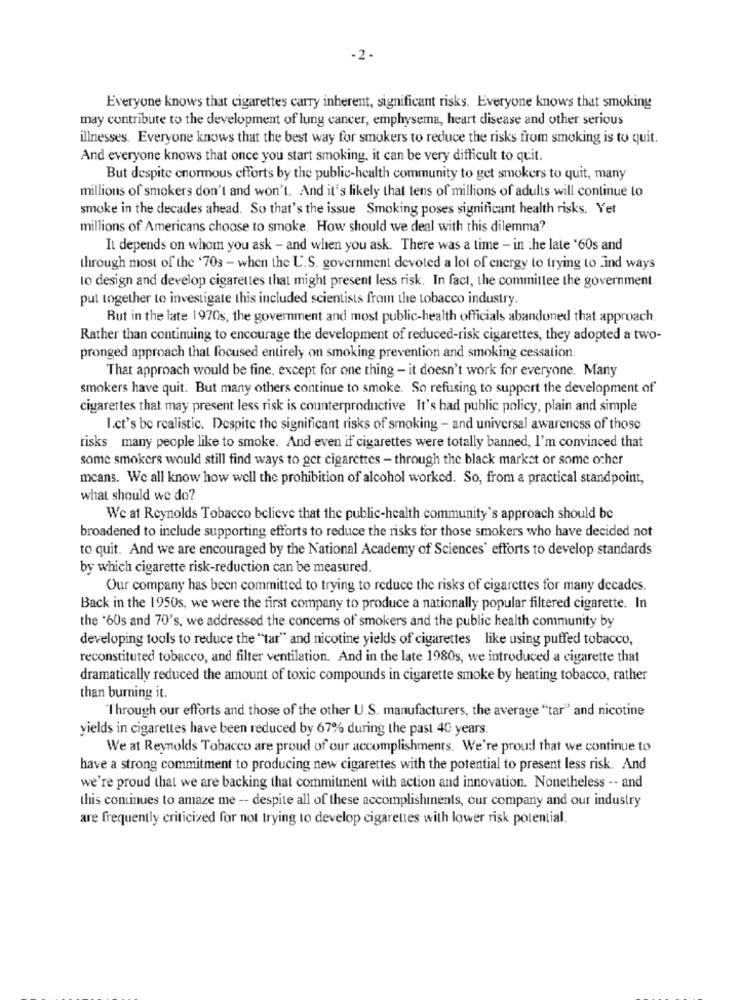
-2 -
Everyone knows that cigarettes carry inherent, significant risks. Everyone knows that smoking
may contribute to the development of lung cancer, emphysema, heart disease and other serious
illnesses. Everyone knows that the best way for smokers to reduce the risks from smoking is to quit.
And everyone knows that once you start smoking, it can be very difficult to quit.
But despite enormous efforts by the public-health community to get smokers to quit, many
millions of smokers don't and won't. And it's likely that tens of millions of adults will continue to
smoke in the decades ahead. So that's the issue Smoking poses significant health risks. Yet
millions of Americans choose to smoke. How should we deal with this dilemma?
It depends on whom you ask - and when you ask. There was a time - in the late '60s and
through most of the '703 - when the U.S. government devoted a lot of energy to trying to Lind ways
10 design and develop cigarettes that might present less risk. In fact, the committee the government
put together to investigate this included scientists from the tobacco industry.
But in the late 1970s, the government and most public-health officials abandoned that approach
Rather than continuing to encourage the development of reduced-risk cigarettes, they adopted a two-
pronged approach that focused entirely on smoking prevention and smoking cessation.
That approach would be fine, except for one thing - it doesn't work for everyone. Many
smokers have quit. But many others continue to smoke. So refusing to support the development of
cigarettes that may present less risk is counterproductive It's had public policy, plain and simple
I.ct's be realistic. Despite the significant risks of smoking - and universal awareness of those
risks many people like to smoke. And even if cigarettes were totally banned, I'm convinced that
some smokers would still find ways to get cigarettes - through the black market or some other
means. We all know how well the prohibition of alcohol worked. So, from a practical standpoint,
what should we do?
We at Reynolds Tobacco believe that the public-health community's approach should be
broadened to include supporting efforts to reduce the risks for those smokers who have decided not
to quit. And we are encouraged by the National Academy of Sciences' efforts to develop standards
by which cigarette risk-reduction can be measured.
Our company has been committed to trying to reduce the risks of cigarettes for many decades.
Back in the 1950s, we were the first company to produce a nationally popular filtered cigarette. In
the *60s and 70's, we addressed the concerns of smokers and the public health community by
developing tools to reduce the "tar" and nicotine yields of cigarettes like using puffed tobacco,
reconstituted tobacco, and filter ventilation. And in the late 1980s, we introduced a cigarette that
dramatically reduced the amount of toxic compounds in cigarette smoke by heating tobacco, rather
than burning it.
'Through our efforts and those of the other U.S. manufacturers, the average "tar" and nicotine
yields in cigarettes have been reduced by 67% during the past 40 years.
We at Reynolds Tobacco are proud of our accomplishments. We're proud that we continue to
have a strong commitment to producing new cigarettes with the potential to present less risk. And
we're proud that we are backing that commitment with action and innovation. Nonetheless -- and
this continues to amaze me -- despite all of these accomplishments, our company and our industry
are frequently criticized for not trying to develop cigarettes with lower risk potential.